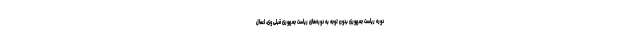
دوره ریاست جمهوری بدون توجه به دوره‌های ریاست جمهوری قبلی وی، اعمال